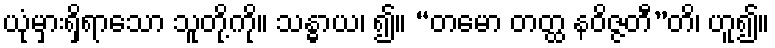
ယုံမှားရှိရာသော သူတို့ကို။ သန္ဓာယ၊ ၍။ “တမော တတ္ထ နဝိဇ္ဇတီ”တိ၊ ဟူ၍။